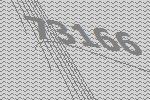
73166